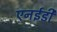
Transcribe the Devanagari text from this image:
एनईडी